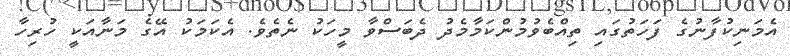
އެމަނިކުފާނުގެ ފަހަތުގައި ތިއްބެވުމުންކަމާމެދު ދެބަސްވާ މީހަކު ނެތެވެ. އެކަމަކު އޭގެ މަނާއަކީ ހުރިހާ